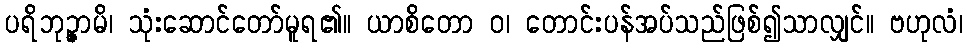
ပရိဘုဉ္ဇာမိ၊ သုံးဆောင်တော်မူရ၏။ ယာစိတော ဝ၊ တောင်းပန်အပ်သည်ဖြစ်၍သာလျှင်။ ဗဟုလံ၊